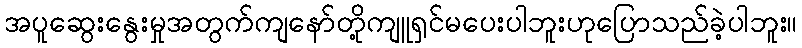
အပူဆွေးနွေးမှုအတွက်ကျနော်တို့ကျူရှင်မပေးပါဘူးဟုပြောသည်ခဲ့ပါဘူး။